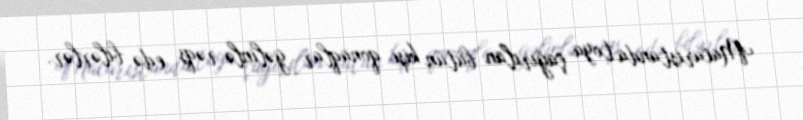
Macarıstanda toya çağırılan bütün kişi qonaqlar gəlinlə rəqs edə bilərlər.